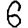
Digit: 6